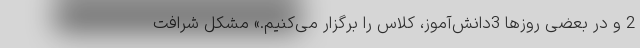
2 و در بعضی روزها 3دانش‌آموز، کلاس را برگزار می‌کنیم.» مشکل شرافت